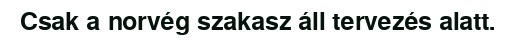
Csak a norvég szakasz áll tervezés alatt.